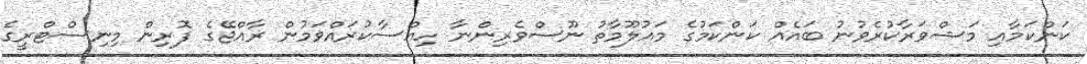
ކަންކަމާއި މަޝްވަރާކުރެވުނު ބައެއް ކަންކަމުގެ މައުލޫމާތު ނޫސްވެރިންނާ ހިއްސާކުރައްވަމުން ރާއްޖޭގެ ފޮރިން މިނިސްޓްރީގެ